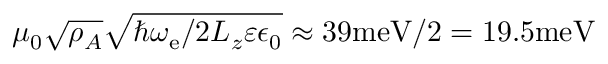
\mu _ { 0 } \sqrt { \rho _ { A } } \sqrt { \hbar \omega _ { \mathrm { e } } / 2 L _ { z } \varepsilon \epsilon _ { 0 } } \approx 3 9 \mathrm { m e V } / 2 = 1 9 . 5 \mathrm { m e V }